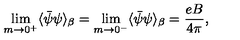
\lim _ { m \rightarrow 0 ^ { + } } \langle \bar { \psi } \psi \rangle _ { \beta } = \lim _ { m \rightarrow 0 ^ { - } } \langle \bar { \psi } \psi \rangle _ { \beta } = \frac { e B } { 4 \pi } ,